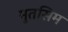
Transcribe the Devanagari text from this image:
मुतसिम